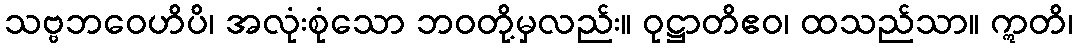
သဗ္ဗဘဝေဟိပိ၊ အလုံးစုံသော ဘဝတို့မှလည်း။ ဝုဋ္ဌာတိဧဝ၊ ထသည်သာ။ ဣတိ၊